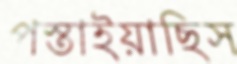
পস্তাইয়াছিস